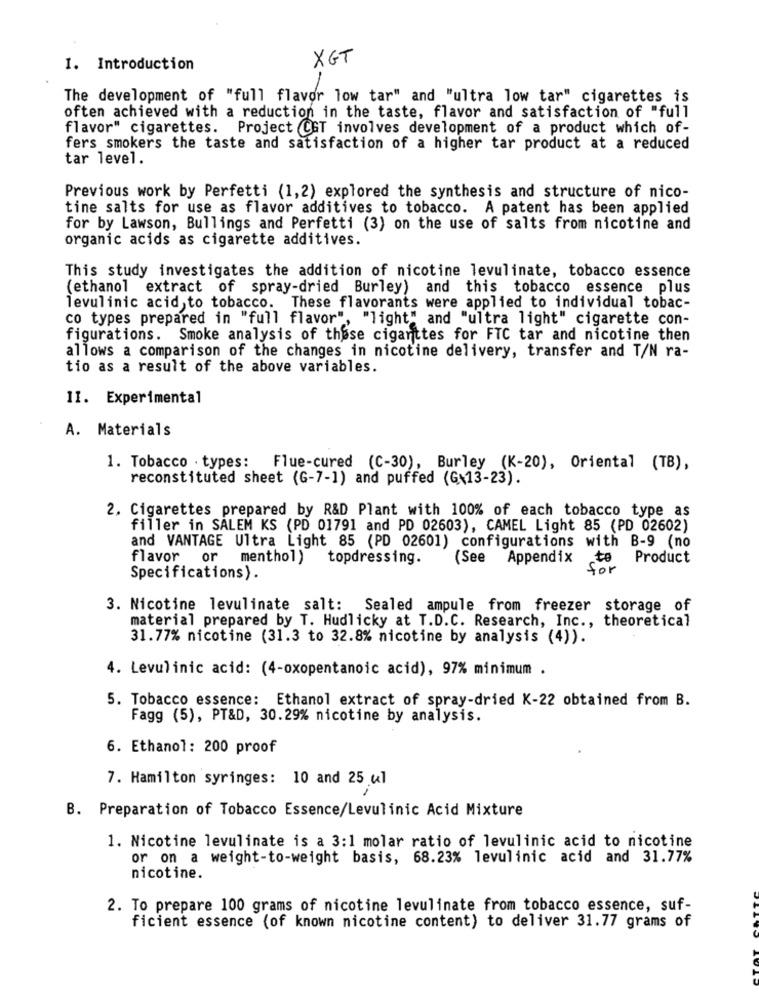
XGT
I. Introduction
-
The development of "full flavor low tar" and "ultra low tar" cigarettes is
often achieved with a reduction in the taste, flavor and satisfaction of "full
flavor" cigarettes. Project CGT involves development of a product which of-
fers smokers the taste and satisfaction of a higher tar product at a reduced
tar level.
Previous work by Perfetti (1,2) explored the synthesis and structure of nico-
tine salts for use as flavor additives to tobacco. A patent has been applied
for by Lawson, Bullings and Perfetti (3) on the use of salts from nicotine and
organic acids as cigarette additives.
This study investigates the addition of nicotine levulinate, tobacco essence
(ethanol extract of spray-dried Burley) and this tobacco essence plus
levulinic acid,to tobacco. These flavorants were applied to individual tobac-
co types prepared in "full flavor", "light" and "ultra light" cigarette con-
figurations. Smoke analysis of these cigarttes for FTC tar and nicotine then
allows a comparison of the changes in nicotine delivery, transfer and T/N ra-
tio as a result of the above variables.
11. Experimental
A. Materials
1. Tobacco · types: Flue-cured (C-30), Burley (K-20), Oriental (TB),
reconstituted sheet (G-7-1) and puffed (G\13-23).
2. Cigarettes prepared by R&D Plant with 100% of each tobacco type as
filler in SALEM KS (PD 01791 and PD 02603), CAMEL Light 85 (PD 02602)
and VANTAGE Ultra Light 85 (PD 02601) configurations with B-9 (no
flavor or
menthol)
topdressing.
(See Appendix
to
Product
for
Specifications).
3. Nicotine levulinate salt: Sealed ampule from freezer storage of
material prepared by T. Hudlicky at T.D.C. Research, Inc ., theoretical
31.77% nicotine (31.3 to 32.8% nicotine by analysis (4)).
4. Levulinic acid: (4-oxopentanoic acid), 97% minimum .
5. Tobacco essence: Ethanol extract of spray-dried K-22 obtained from B.
Fagg (5), PT&D, 30.29% nicotine by analysis.
6. Ethanol: 200 proof
7. Hamilton syringes: 10 and 25 ul
B. Preparation of Tobacco Essence/Levulinic Acid Mixture
1. Nicotine levulinate is a 3:1 molar ratio of levulinic acid to nicotine
or on a weight-to-weight basis, 68.23% levulinic acid and 31.77%
nicotine.
2. To prepare 100 grams of nicotine levulinate from tobacco essence, suf-
ficient essence (of known nicotine content) to deliver 31.77 grams of